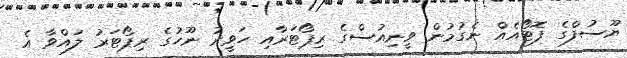
ޔޫސުފްގެ ފޮޓޯއެއް ނެގުމުން ވީނިއުސްގެ ރިޕޯޓަރާއި ހަވީރު ނޫހުގެ ރިޕޯޓަރު ލައްވާ އެ